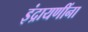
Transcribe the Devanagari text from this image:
इंद्रायणींना